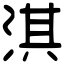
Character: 淇